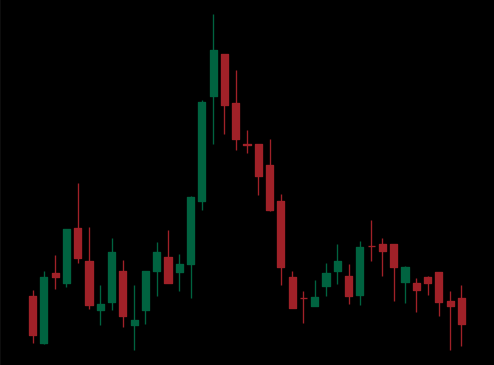
Pattern: head_shoulders